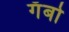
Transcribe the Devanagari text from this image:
गॅबो